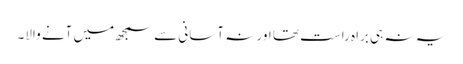
یہ نہ ہی براہِ راست تھا اور نہ آسانی سے سمجھ میں آنے والا۔